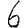
Digit: 6